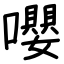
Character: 嚶